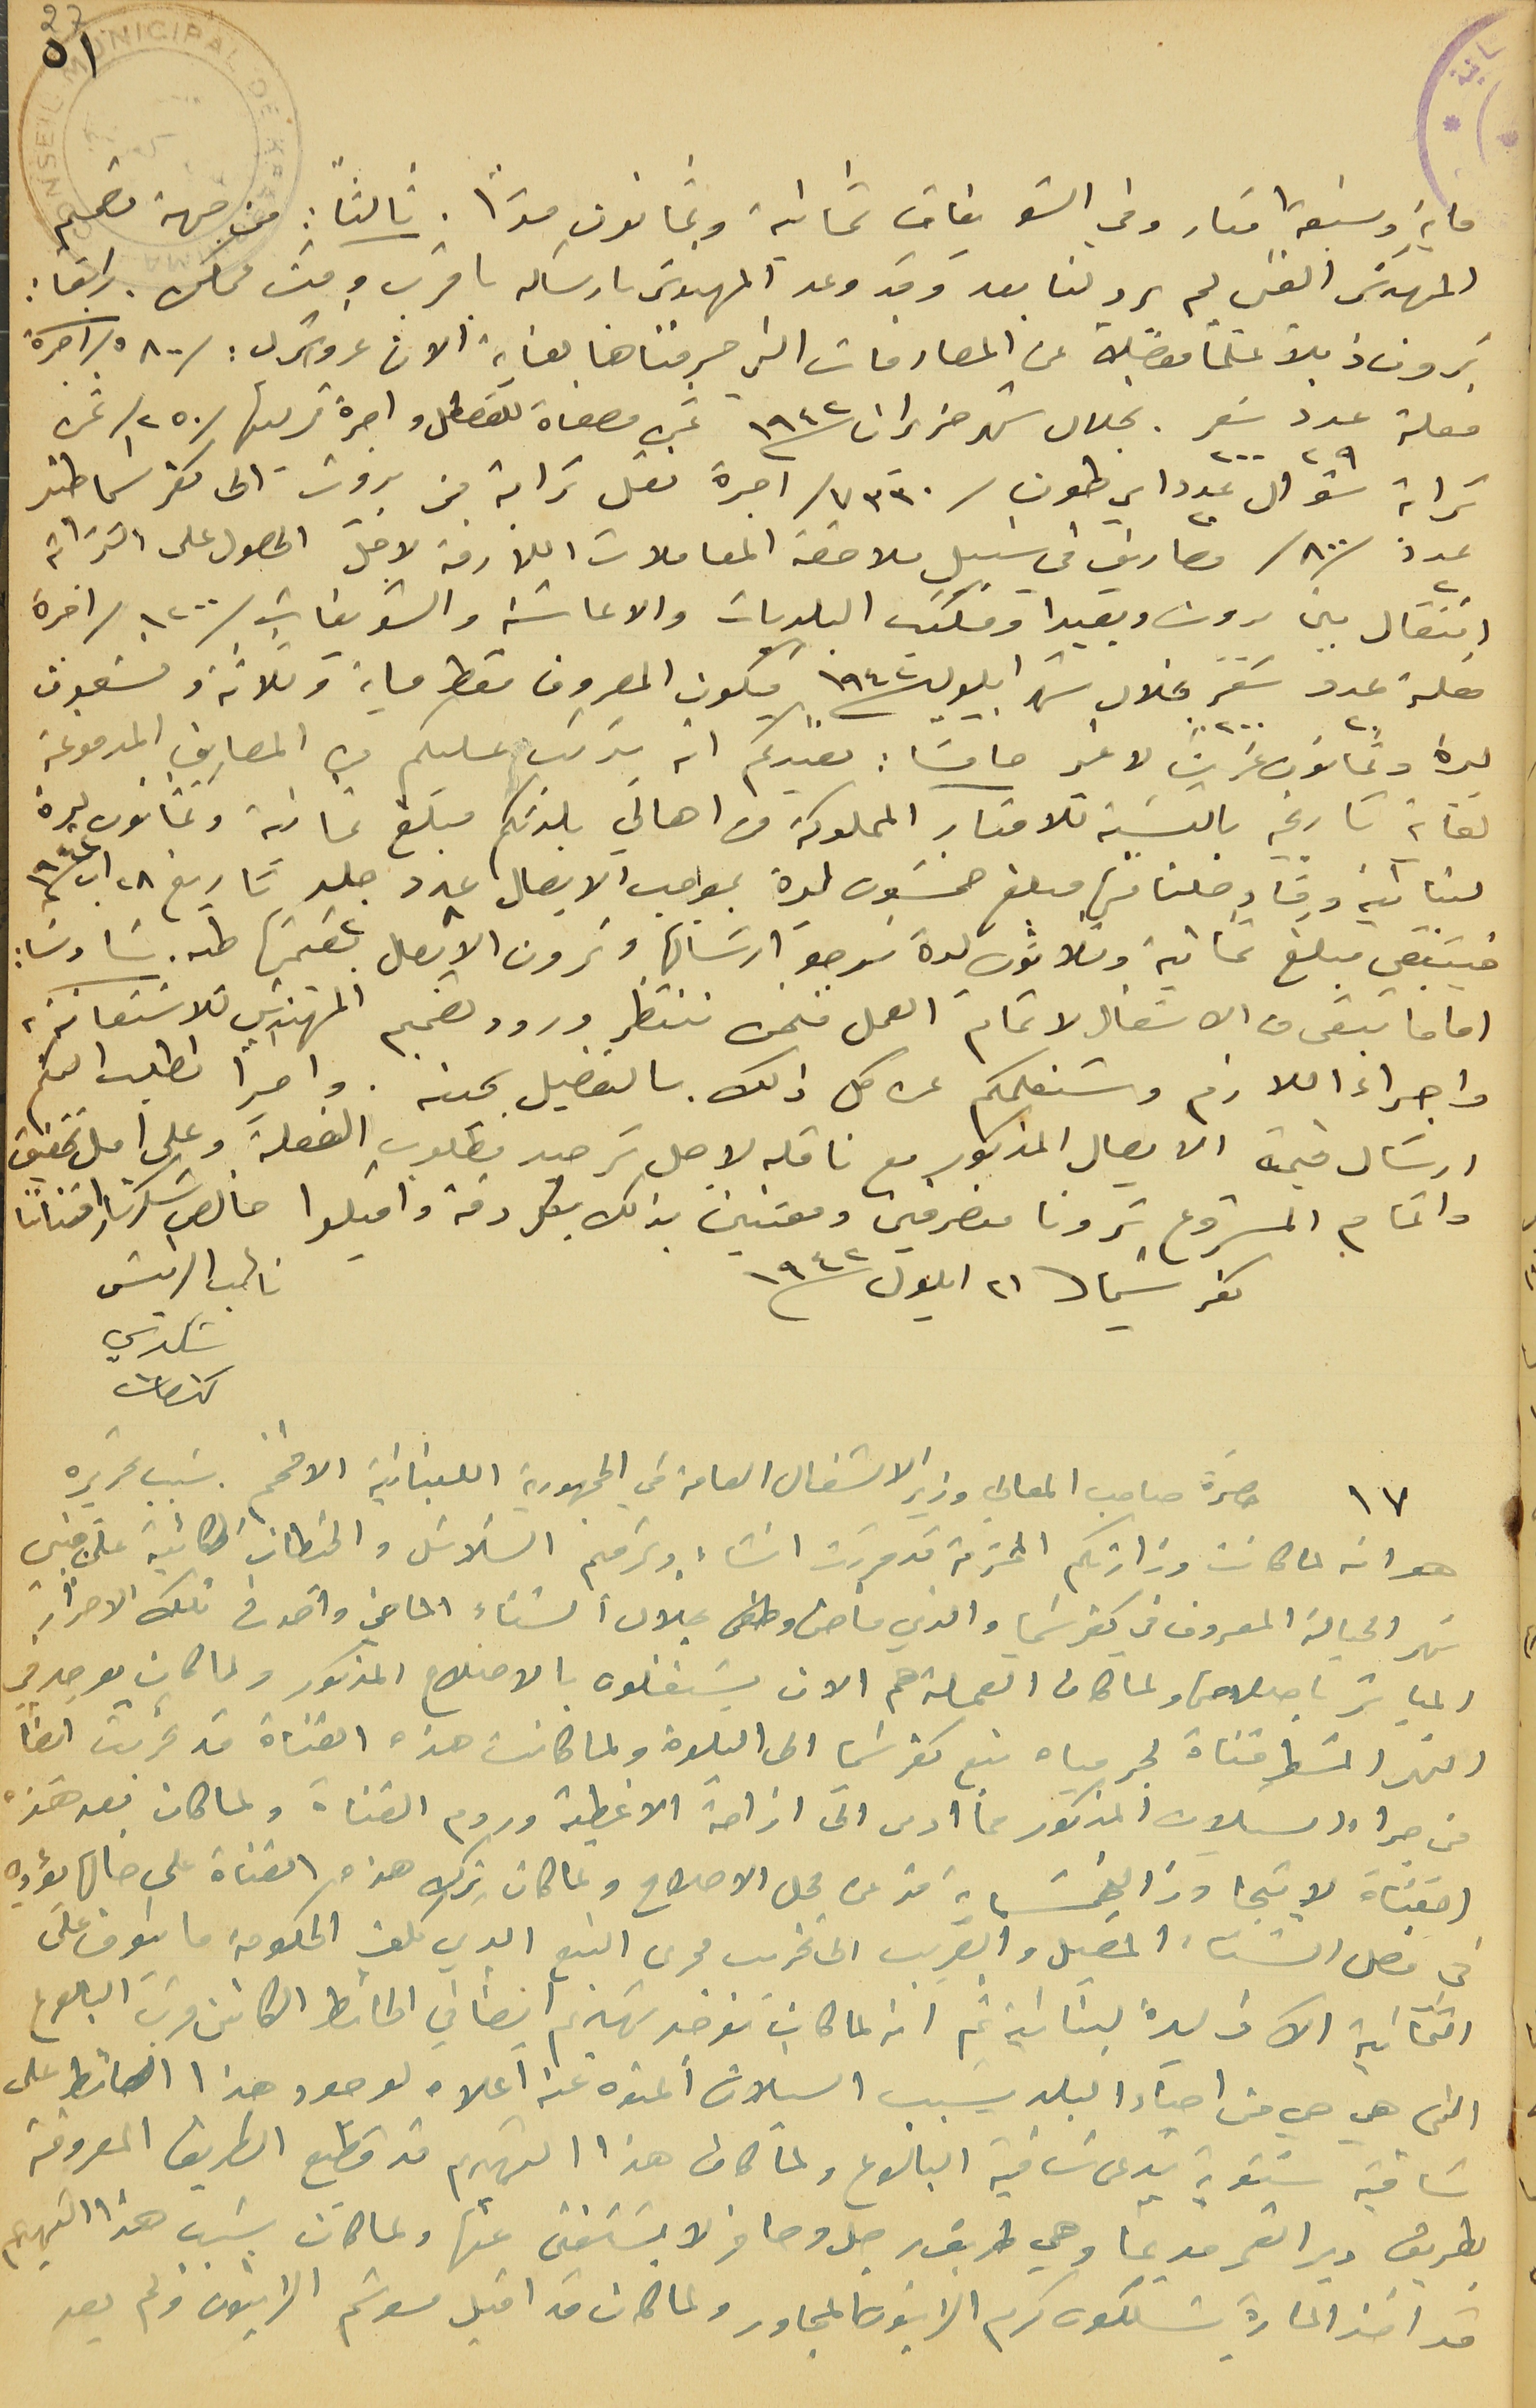
٥١
ماية وسبعة امتار وفي الشويفات ثمانية وثمانون مترًا. ثالثا : من جهة تصميم
المهندسَ الفني لم يرد لنا بعد وقد وعد المهندسَ بارساله باقرب وقت ممكن. رابعًا :
ترون ذيلاً علمًا مفصلاً عن المصارفات التي صرفناها لغاية الان غروش ل : /٥٨٠٠/ آجرة
فعلة عدد ٢٩ سَعر ٢٠٠ بخلال شهر حزيران سنه ١٩٤٢ ثمن مصفاة للقصطل واجرة تركيبها /٢٥٠/ ثمن
ترابة شوال عدد ٢٠ اي طون /٧٣٣٠/ آجرة نقل ترابة من بيروت الى كفرشيما طن
عدد /٨٠٠/ مصاريف في سبيل ملاحقة المعاملات اللازمة لاجل الحصول على الترابة
انتقال بين بيروت وبعبدا ومكتب البلديات والاعاشة والشويفات /١٢٠٠ /اجرة
فعلة عدد ٢٠ سَفر بخلال شهر ايلول ١٩٤٢ يكون المصروف فقط ماية وثلاثة وتسعون
ليرة وثمانون غرشًا لا غير خامسًَا: نفيدكم انه يتريب عليكم من المصاريف المدفوعة
لغاية تاريخه بالنسَبة للامتار المملوكة من اهالي بلدتكم مبلغ ثمانية وثمانون ليرة
لبنانية وفاوصلنا منها مبلغ خمسَون ليرة بموجب الايصال عدد ٨ جلد ٢ تاريخ ٢٨ اب سنه ١٩٤٢
فيتبقي مبلغ ثمانية وثلاثون ليرة نرجو ارسَالها وترون الايصال بقيمتها طىه سَادسَا:
اما ما تبقى من الاشغال لاتمام العمل فنحن ننتظر ورود تصميم المهندس للاسَتعانة
واجراء اللازم وسَنعلمكم عن كل ذلك بالتفصيل بحينه. واخيرًا نطلب اليكم
ارسَال قيمة الايصال المذكور مع ناقله لاجل ترصيد مطلوب الفعلة وعلى امل تحقيق
واتمام المشروع ترونا منصرفين ومعتنين بذلك بكل دقة واقبلوا خالص شكرنا وامتاننا
 كفرشيما ٢١ ايلول سنه ١٩٤٢
 نائب الرئيس شكري كنعان
١٧ حضرة صاحب المعالي وزير الاشغال العامة في الجمهورية اللبنانية الافخم. سَبب تحريره
هو انه لما كانت وزارتكم المحترمة قد قررت انشاء وترميم السَلاسَل والحيطان الكائية على مبني
نهر الحيالة المعروف فىي كفرشيما والذي فاض وطفى بخلال الشتاء الماضي واخذ فى تلك الاضرار
المباشر باصلاحها ولما كان العملة هم الان يشتغلون بالاصلاح المذكور ولما كان يوجد في
النهر المسَطر قناة لجر مياه نبع كفرشيما الى البلدة ولما كانت هذه القناة قد تخربت ايضاً
من جراء السيلان المذكور ما ادى الى ازاحة الاغطية وردم القناة ولما كان بعد هذه
اصَعُباة لا يتجاوز الخمسَماية متر من محل الاصلاح ولما كان ترك هذه القناة على حالها يؤدي
في فصل الشتاء المقبل والقريب الى تخريب مجرى النبع الدي كلف الحكومة ما ينوف على
 الثمانية الآف ليرة لبنانية ثم انه لما كان يوجد تهديم ايضًا في الحائط الكائن قرب البالوع
التي هي حي من احياء البلد يسبب السيلان المنوه عنه آعلاه لوجود هذا الحائط على
ساقية شتوية تدعى ساقية البالوع ولمَّا كان هذا التهديم قد قطع الطريق المعروفة
بطريق دير القمر قديمًا وهي طريق رجل وحافر ولا يسَتغنى عنها ولما كان سَبب هذا التهديم
قد اخذ المارة يسلكون كرم الزيتون المجاور ولما كان قد اقبل موسَم الزيتون ولم يعد